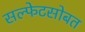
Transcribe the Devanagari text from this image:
सल्फेटसोबत